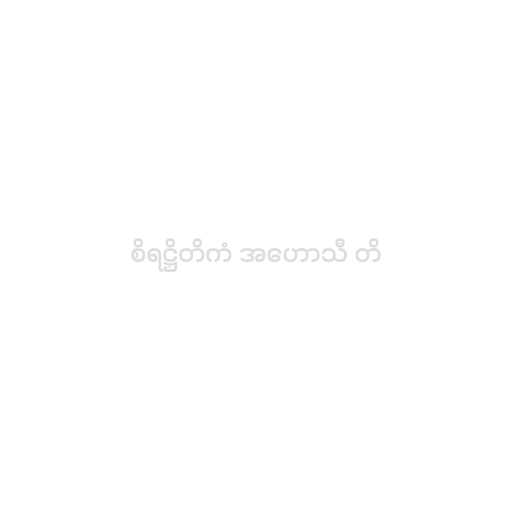
စိရဋ္ဌိတိကံ အဟောသီ တိ